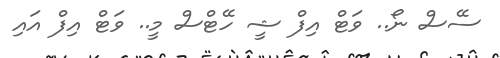
ސޭސް ނޯ.. ވަޓް އިފް ޝީ ހޭޓްސް މީ.. ވަޓް އިފް އައި